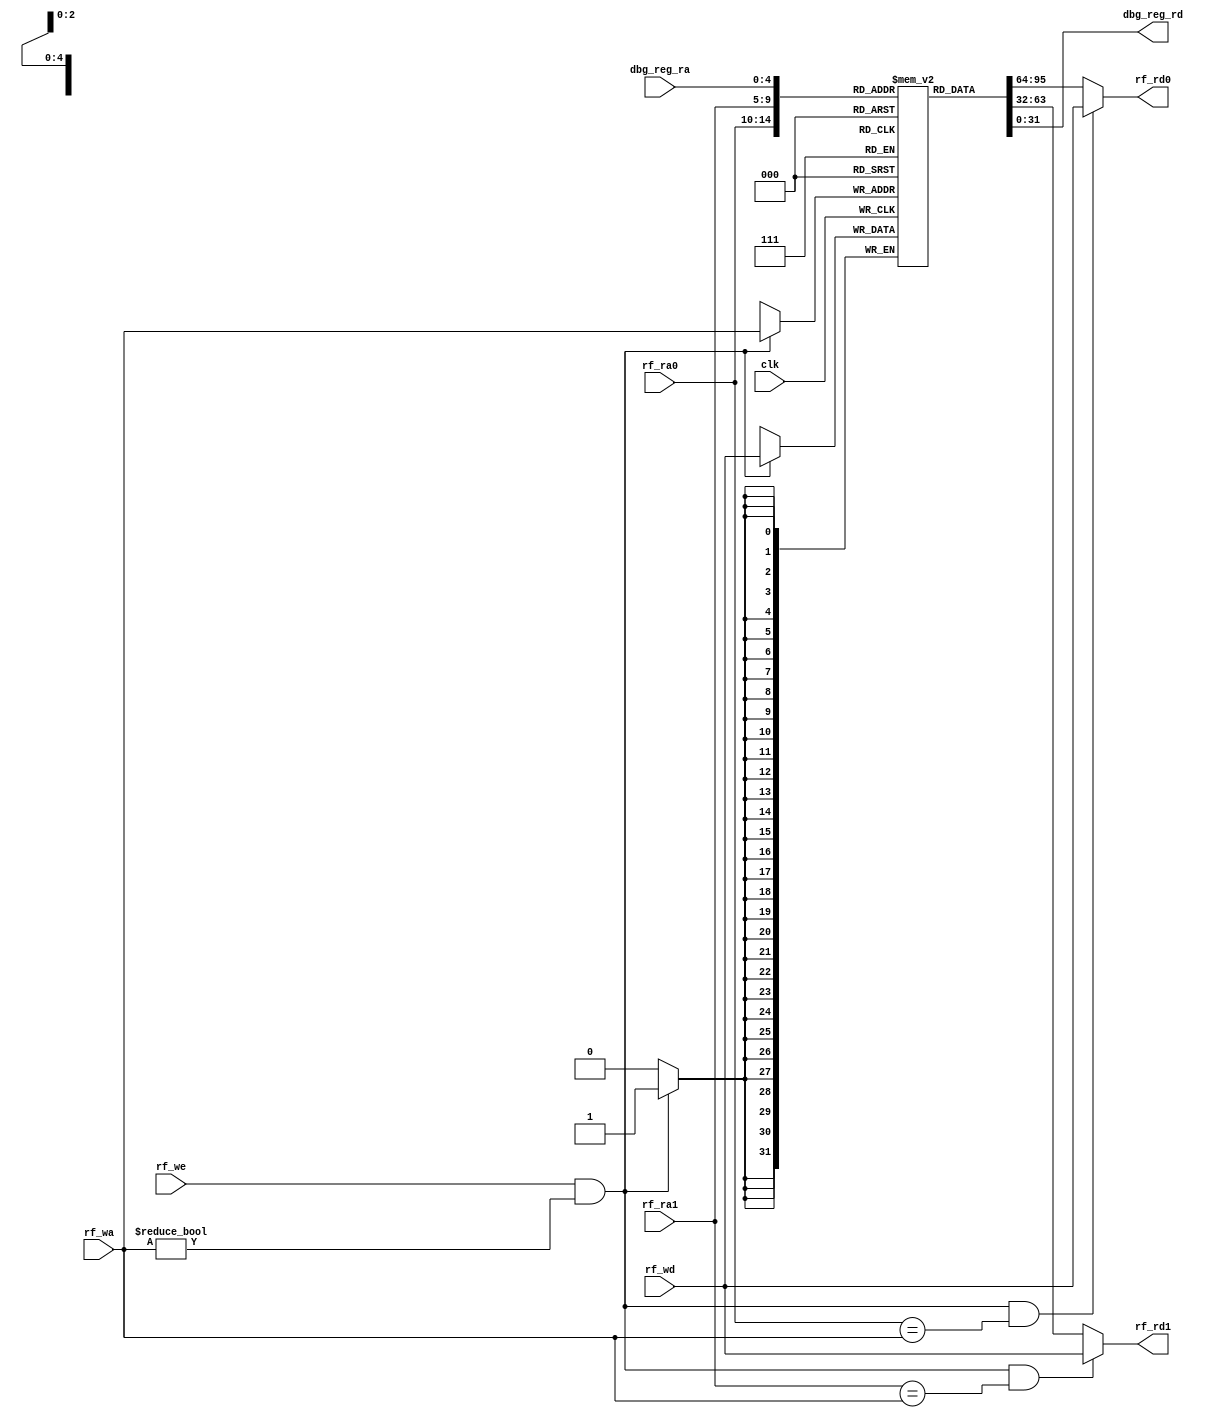
module REG_FILE (
    input                   [ 0 : 0]        clk,

    input                   [ 4 : 0]        rf_ra0,
    input                   [ 4 : 0]        rf_ra1,   
    input                   [ 4 : 0]        rf_wa,

    input                   [ 0 : 0]        rf_we,
    input                   [31 : 0]        rf_wd,

    output                  [31 : 0]        rf_rd0,
    output                  [31 : 0]        rf_rd1,

    input                   [ 4 : 0]        dbg_reg_ra,
    output                  [31 : 0]        dbg_reg_rd
);

    reg [31 : 0] reg_file [0 : 31];
    // 
    integer i;
    initial begin
        for (i = 0; i < 32; i = i + 1)
            reg_file[i] = 0;
    end

    wire [ 0 : 0] we = rf_we&&(rf_wa!=5'b0);
    always @(posedge clk) begin
        if (we) begin
            reg_file[rf_wa] <= rf_wd;
        end
    end
    
    assign rf_rd0 = (we&&(rf_ra0==rf_wa))?rf_wd:reg_file[rf_ra0];
    assign rf_rd1 = (we&&(rf_ra1==rf_wa))?rf_wd:reg_file[rf_ra1];

    assign dbg_reg_rd = reg_file[dbg_reg_ra];
endmodule